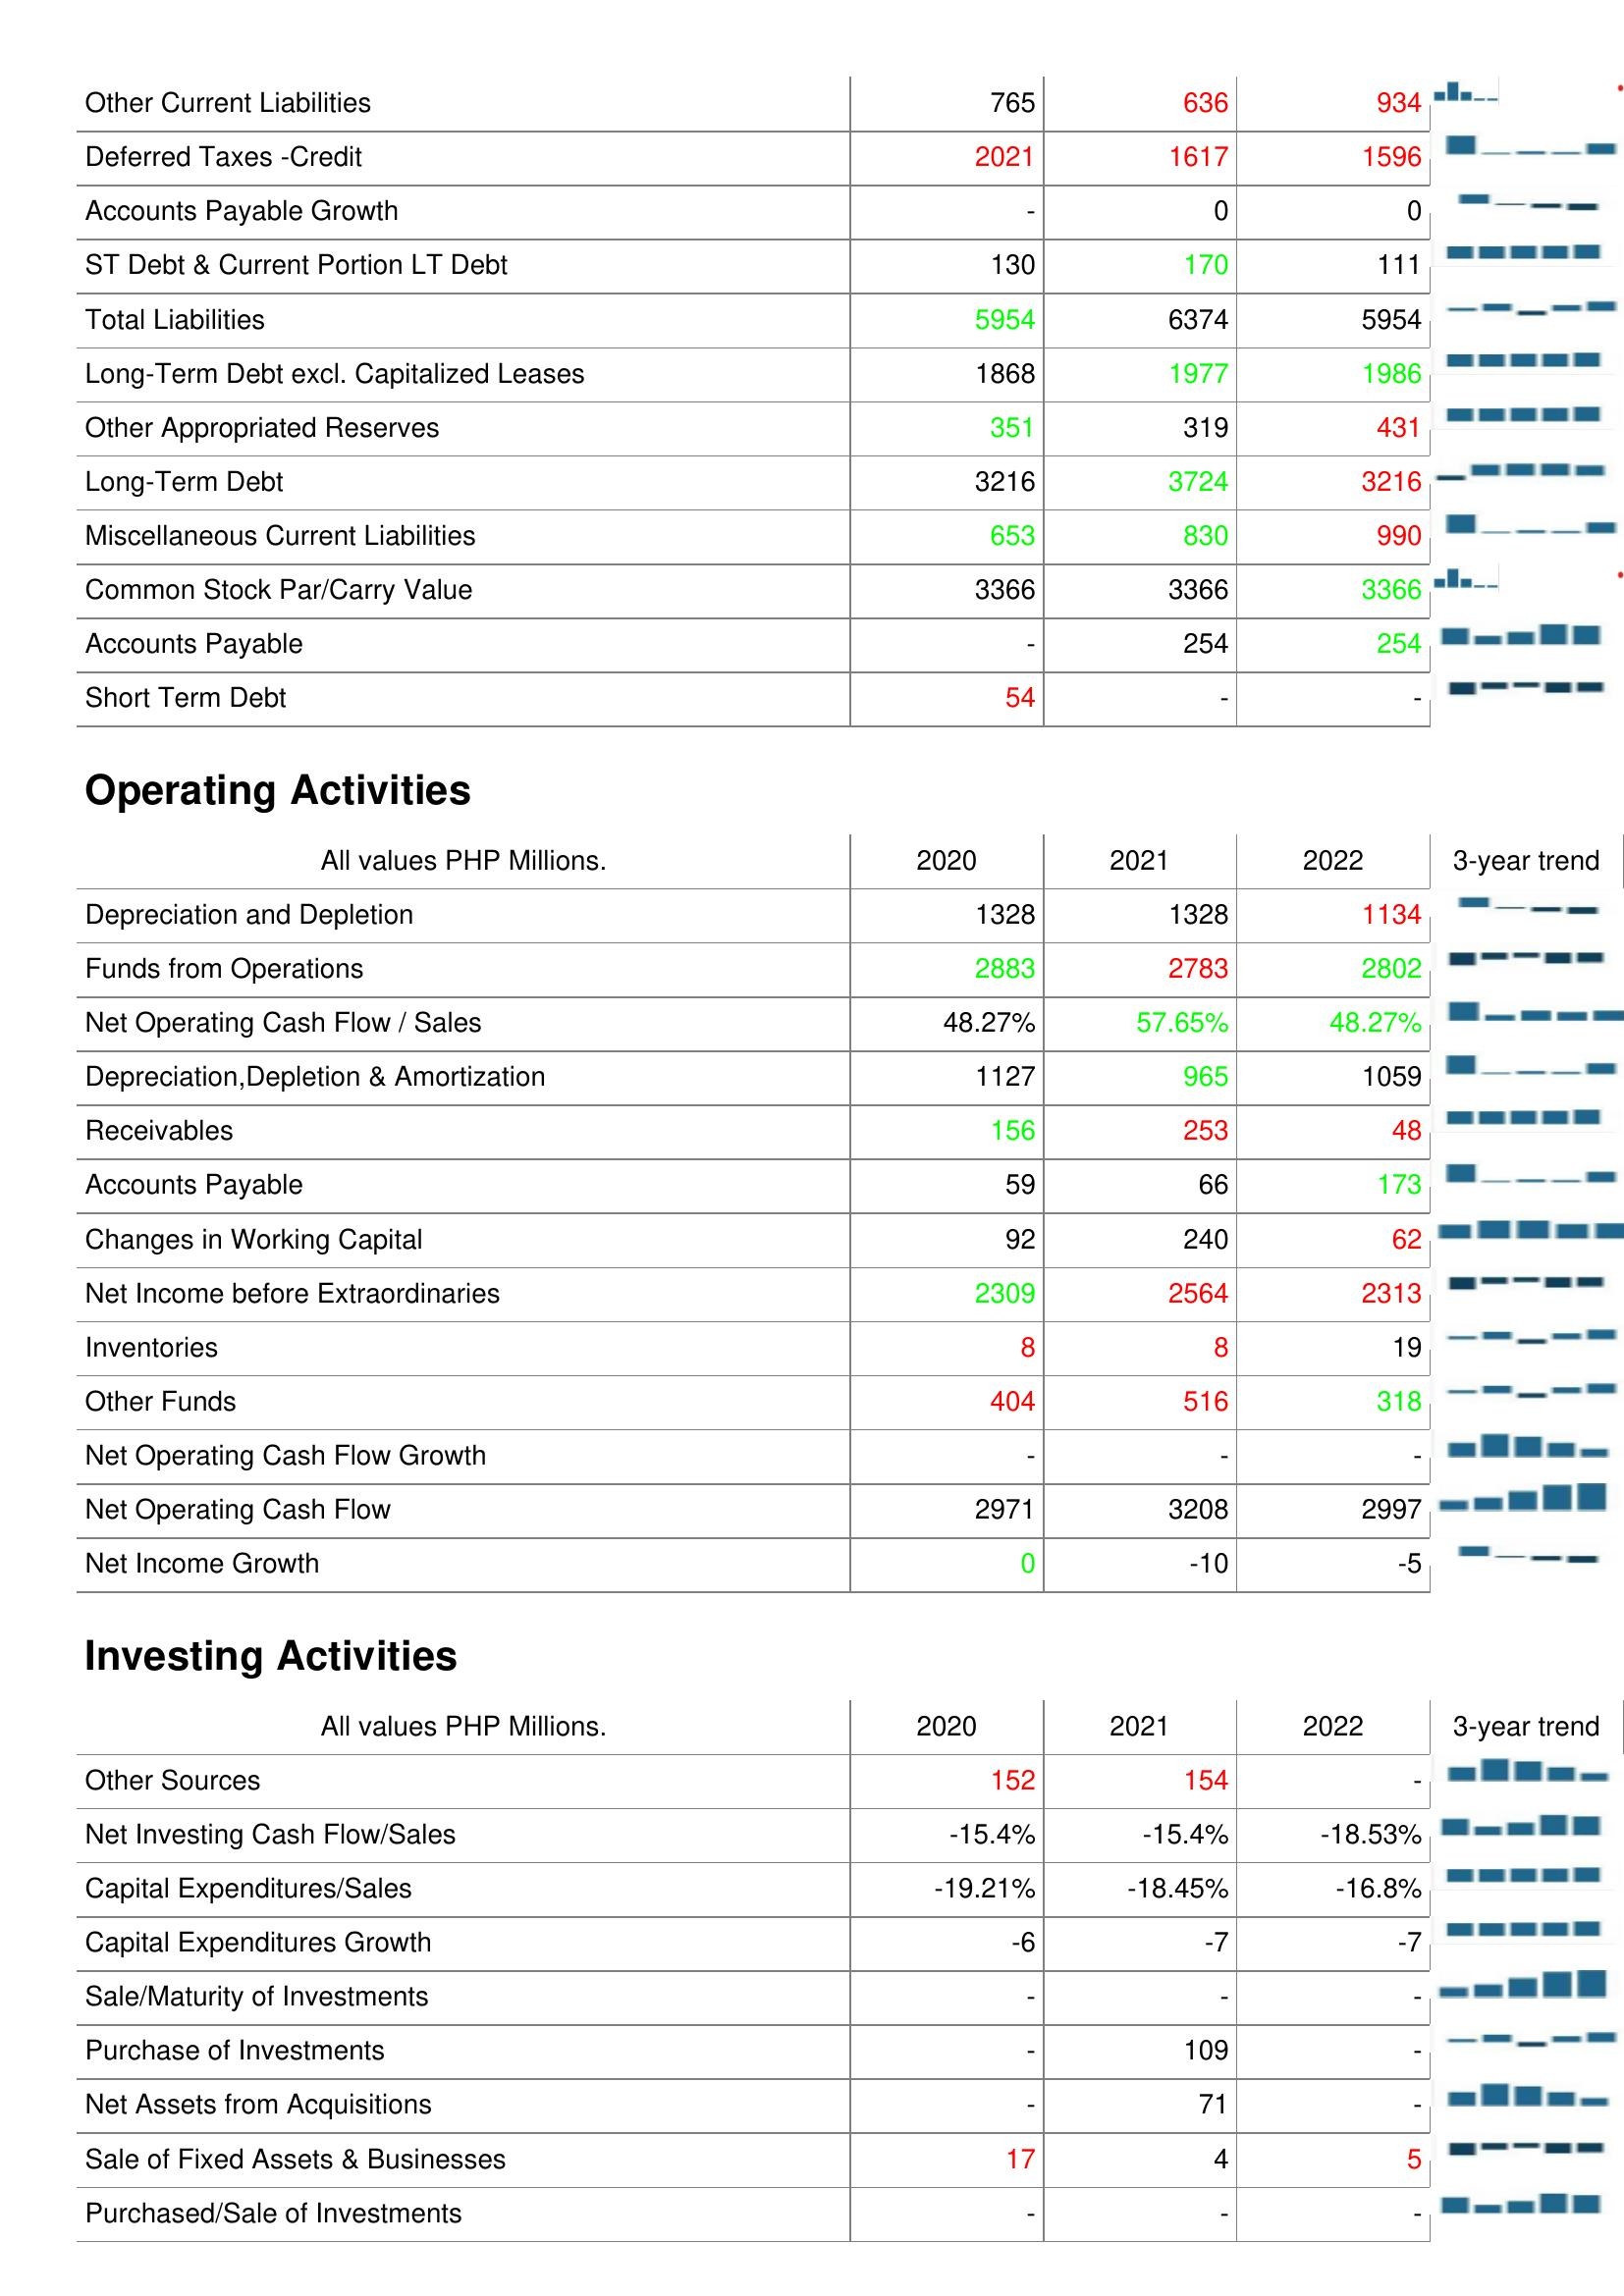
2020: Liabilities & Shareholder's Equity: Other Current Liabilities: 765
Deferred Taxes -Credit: 2021
Accounts Payable Growth: -
ST Debt & Current Portion LT Debt: 130
Total Liabilities: 5954
Long-Term Debt excl. Capitalized Leases: 1868
Other Appropriated Reserves: 351
Long-Term Debt: 3216
Miscellaneous Current Liabilities: 653
Common Stock Par/Carry Value: 3366
Accounts Payable: -
Short Term Debt: 54
Operating Activities: Depreciation and Depletion: 1328
Funds from Operations: 2883
Net Operating Cash Flow / Sales: 48.27%
Depreciation,Depletion & Amortization: 1127
Receivables: 156
Accounts Payable: 59
Changes in Working Capital: 92
Net Income before Extraordinaries: 2309
Inventories: 8
Other Funds: 404
Net Operating Cash Flow Growth: -
Net Operating Cash Flow: 2971
Net Income Growth: 0
Investing Activities: Other Sources: 152
Net Investing Cash Flow/Sales: -15.4%
Capital Expenditures/Sales: -19.21%
Capital Expenditures Growth: -6
Sale/Maturity of Investments: -
Purchase of Investments: -
Net Assets from Acquisitions: -
Sale of Fixed Assets & Businesses: 17
Purchased/Sale of Investments: -
2021: Liabilities & Shareholder's Equity: Other Current Liabilities: 636
Deferred Taxes -Credit: 1617
Accounts Payable Growth: 0
ST Debt & Current Portion LT Debt: 170
Total Liabilities: 6374
Long-Term Debt excl. Capitalized Leases: 1977
Other Appropriated Reserves: 319
Long-Term Debt: 3724
Miscellaneous Current Liabilities: 830
Common Stock Par/Carry Value: 3366
Accounts Payable: 254
Short Term Debt: -
Operating Activities: Depreciation and Depletion: 1328
Funds from Operations: 2783
Net Operating Cash Flow / Sales: 57.65%
Depreciation,Depletion & Amortization: 965
Receivables: 253
Accounts Payable: 66
Changes in Working Capital: 240
Net Income before Extraordinaries: 2564
Inventories: 8
Other Funds: 516
Net Operating Cash Flow Growth: -
Net Operating Cash Flow: 3208
Net Income Growth: -10
Investing Activities: Other Sources: 154
Net Investing Cash Flow/Sales: -15.4%
Capital Expenditures/Sales: -18.45%
Capital Expenditures Growth: -7
Sale/Maturity of Investments: -
Purchase of Investments: 109
Net Assets from Acquisitions: 71
Sale of Fixed Assets & Businesses: 4
Purchased/Sale of Investments: -
2022: Liabilities & Shareholder's Equity: Other Current Liabilities: 934
Deferred Taxes -Credit: 1596
Accounts Payable Growth: 0
ST Debt & Current Portion LT Debt: 111
Total Liabilities: 5954
Long-Term Debt excl. Capitalized Leases: 1986
Other Appropriated Reserves: 431
Long-Term Debt: 3216
Miscellaneous Current Liabilities: 990
Common Stock Par/Carry Value: 3366
Accounts Payable: 254
Short Term Debt: -
Operating Activities: Depreciation and Depletion: 1134
Funds from Operations: 2802
Net Operating Cash Flow / Sales: 48.27%
Depreciation,Depletion & Amortization: 1059
Receivables: 48
Accounts Payable: 173
Changes in Working Capital: 62
Net Income before Extraordinaries: 2313
Inventories: 19
Other Funds: 318
Net Operating Cash Flow Growth: -
Net Operating Cash Flow: 2997
Net Income Growth: -5
Investing Activities: Other Sources: -
Net Investing Cash Flow/Sales: -18.53%
Capital Expenditures/Sales: -16.8%
Capital Expenditures Growth: -7
Sale/Maturity of Investments: -
Purchase of Investments: -
Net Assets from Acquisitions: -
Sale of Fixed Assets & Businesses: 5
Purchased/Sale of Investments: -